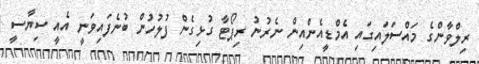
ރިލްވާންގެ މައްސަލައިގައި އެމްޑީއެންއިން ނެރުނު ރިޕޯޓާ ގުޅިގެން ފުލުހުން ބުނެފައިވަނީ އެއީ ސިޔާސީ